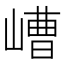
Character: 嶆